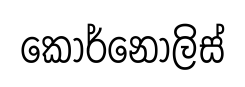
කොර්නෝලිස්